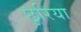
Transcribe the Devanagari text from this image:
छूरिया